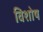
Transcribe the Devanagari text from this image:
विशोष